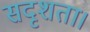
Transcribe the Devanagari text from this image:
सदृशता।